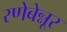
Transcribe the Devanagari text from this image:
रणेबेन्नूर